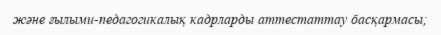
және ғылыми-педагогикалық кадрларды аттестаттау басқармасы;